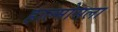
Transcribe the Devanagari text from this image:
हाल्मोसला